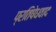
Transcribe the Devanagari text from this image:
प्रतिषेधवाद